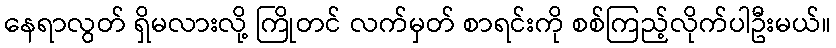
နေရာလွတ် ရှိမလားလို့ ကြိုတင် လက်မှတ် စာရင်းကို စစ်ကြည့်လိုက်ပါဦးမယ်။